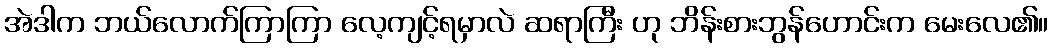
အဲဒါက ဘယ်လောက်ကြာကြာ လေ့ကျင့်ရမှာလဲ ဆရာကြီး ဟု ဘိန်းစားဘွန်ဟောင်းက မေးလေ၏။